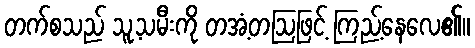
တက်စသည် သူ့သမီးကို တအံ့တဩဖြင့် ကြည့်နေလေ၏။